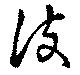
波